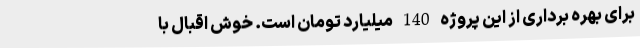
برای بهره برداری از این پروژه 140 میلیارد تومان است. خوش اقبال با